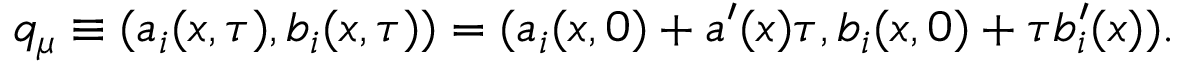
q _ { \mu } \equiv ( a _ { i } ( x , \tau ) , b _ { i } ( x , \tau ) ) = ( a _ { i } ( x , 0 ) + a ^ { \prime } ( x ) \tau , b _ { i } ( x , 0 ) + \tau b _ { i } ^ { \prime } ( x ) ) .